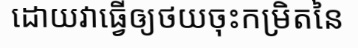
ដោយវាធ្វើឲ្យថយចុះកម្រិតនៃ